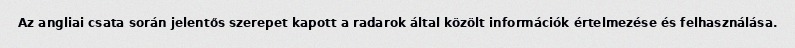
Az angliai csata során jelentős szerepet kapott a radarok által közölt információk értelmezése és felhasználása.